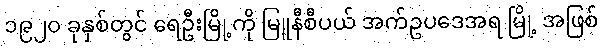
၁၉၂၀ ခုနှစ်တွင် ရေဦးမြို့ကို မြူနီစီပယ် အက်ဥပဒေအရ မြို့ အဖြစ်